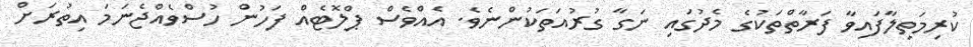
ކުރިމަތިލާފައިވާ ފަރާތްތަކުގެ މެދުގައި ނަގާ ގުރުއަތަކުންނެވެ. އެއްވެސް ޕްލޮޓެއް ފަހުން ހުސްވެއްޖެނަމަ އިތުރަށް